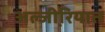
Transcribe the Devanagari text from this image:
अल्जी़रियात